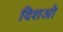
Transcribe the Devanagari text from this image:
दिशओ